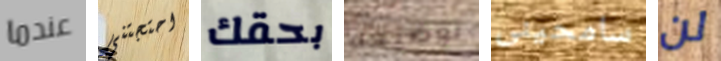
عندما احتجتني بحقك توضيحه سامحينى لن